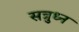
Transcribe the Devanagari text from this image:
सत्रुध्न